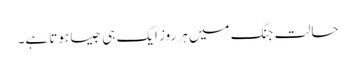
حالتِ جنگ میں ہر روز ایک ہی جیسا ہوتا ہے۔